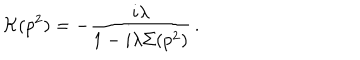
{ \cal K } ( p ^ { 2 } ) = - \frac { i \lambda } { 1 - i \lambda \Sigma ( p ^ { 2 } ) } \, .